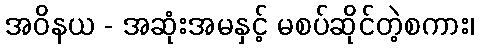
အဝိနယ - အဆုံးအမနှင့် မစပ်ဆိုင်တဲ့စကား၊